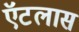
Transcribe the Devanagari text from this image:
ऍटलास